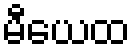
မီယေထ